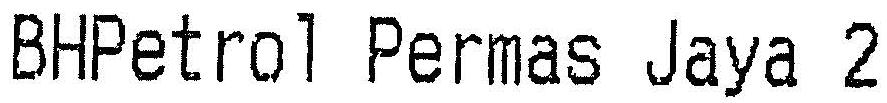
BHPETROL PERMAS JAYA 2